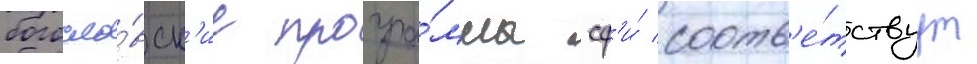
богосло́вск'ие програ́ммы сф'и́ соотв'е́тствуут